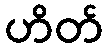
ဟိတ်